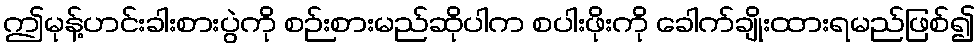
ဤမုန့်ဟင်းခါးစားပွဲကို စဉ်းစားမည်ဆိုပါက စပါးဖိုးကို ခေါက်ချိုးထားရမည်ဖြစ်၍